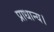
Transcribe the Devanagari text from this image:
प्राधान्य।